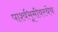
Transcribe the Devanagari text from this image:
पार्श्वभूमीवरचेच